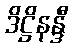
ဒိဋ္ဌိနန္ဒီ